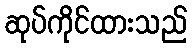
ဆုပ်ကိုင်ထားသည်